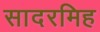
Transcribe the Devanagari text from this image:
सादरमिह